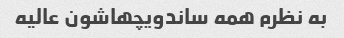
به نظرم همه ساندویچهاشون عالیه